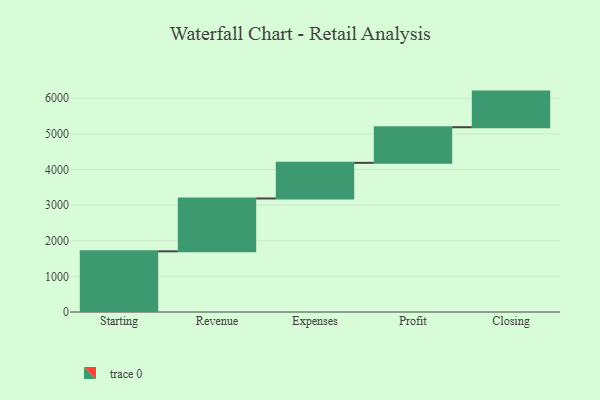
{"axis": {"x": "Step", "y": "Value"}, "legend": [""], "data": [{"x": "Starting", "y": 1703.0, "type": ""}, {"x": "Revenue", "y": 1484.0, "type": ""}, {"x": "Expenses", "y": 1000, "type": ""}, {"x": "Profit", "y": 1000, "type": ""}, {"x": "Closing", "y": 1000, "type": ""}]}